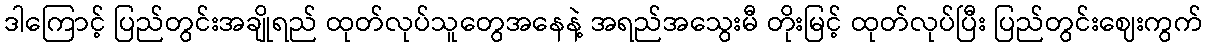
ဒါကြောင့် ပြည်တွင်းအချိုရည် ထုတ်လုပ်သူတွေအနေနဲ့ အရည်အသွေးမီ တိုးမြင့် ထုတ်လုပ်ပြီး ပြည်တွင်းဈေးကွက်